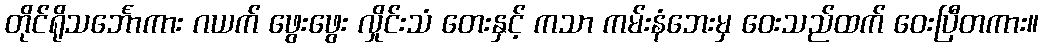
တိုင်ရိုသင်္ဘောကား ဂယက် ဖွေးဖွေး လှိုင်းသံ တေးနှင့် ကသာ ကမ်းနံဘေးမှ ဝေးသည်ထက် ဝေးပြီတကား။